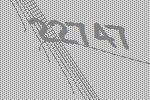
22747